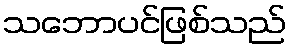
သဘောပင်ဖြစ်သည်